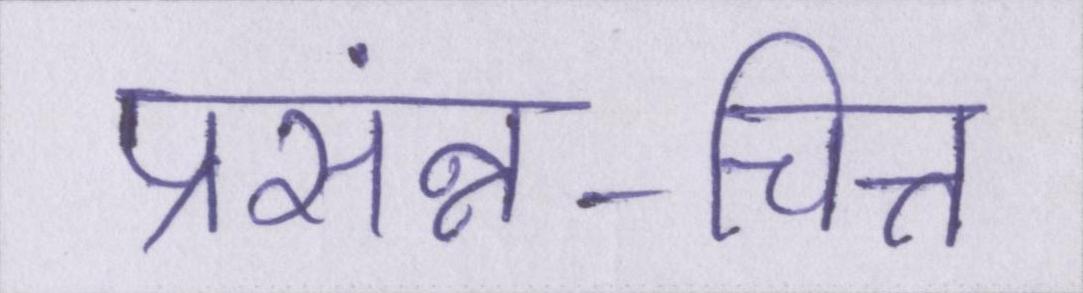
प्रसंन्न-चित्त